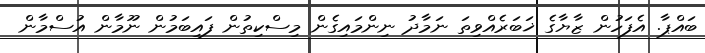
ބައްޕާ. އެފަހުން ޒާޔާގެ ޚަބަރެއްވިތަ ނަމާދު ނިންމައިގެން މިސްކިތުން ފައިބަމުން ނޫމާން އުސްމާން